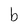
Character: b